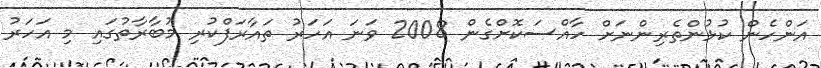
އަންހެން ކުޅުންތެރިންނަށް ހާއްސަކޮށްގެން 2008 ވަނަ އަހަރު ތައާރަފްކުރި މުބާރާތުގައި މި އަހަރު